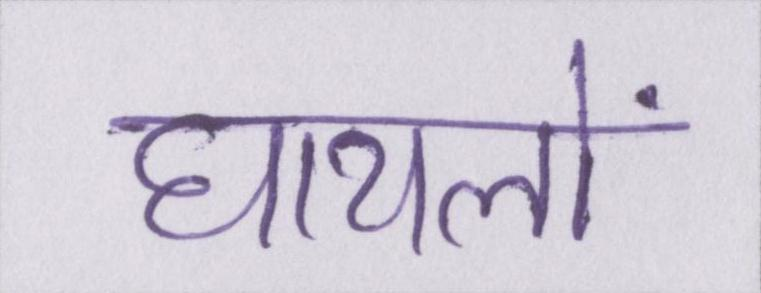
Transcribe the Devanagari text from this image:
घायलों